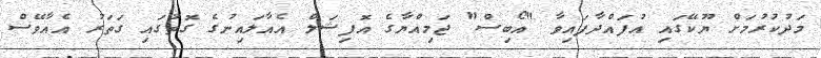
މަދުކުރުމަށް ޔޫކޭގައި އުފައްދާފައިވާ "އޯބިސް" ޖަމިއްޔާގެ އޮފިޝަލް އެއާލައިނުގެ ގޮތުގައި ގަތަރު އެއާވޭސް